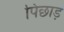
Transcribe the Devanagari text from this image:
पिछाड़